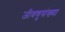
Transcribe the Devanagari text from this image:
जीवणुसंख्या